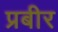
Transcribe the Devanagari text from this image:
प्रबीर